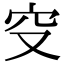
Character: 𥤦